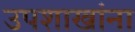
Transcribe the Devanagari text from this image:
उपशाखांना